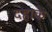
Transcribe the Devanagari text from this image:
दहाके